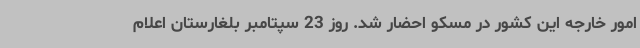
امور خارجه این کشور در مسکو احضار شد. روز 23 سپتامبر بلغارستان اعلام